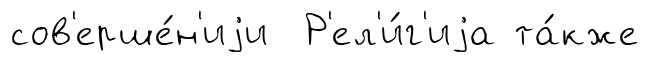
сов'ерше́н'иjи Р'ел'и́г'иjа та́кже